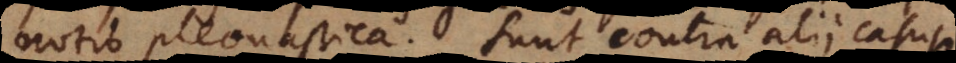
notio pleonastica. Sunt contra alii casus